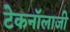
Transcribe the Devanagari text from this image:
टेकनॉलाजी